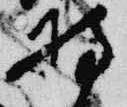
持